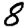
Digit: 8